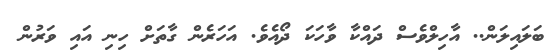
ބަލައިލަން.. އާހިލްވެސް ދައްކާ ވާހަކަ ދޯއެވެ. އަހަރެން ގާތަށް ހިނި އައި ވަރުން